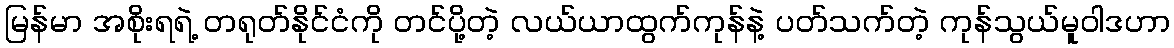
မြန်မာ အစိုးရရဲ့ တရုတ်နိုင်ငံကို တင်ပို့တဲ့ လယ်ယာထွက်ကုန်နဲ့ ပတ်သက်တဲ့ ကုန်သွယ်မူဝါဒဟာ